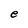
Character: e